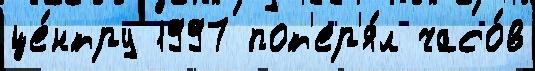
це́нтру 1997 пот'ер'я́л часо́в